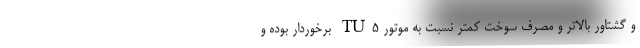
و گشتاور بالاتر و مصرف سوخت کمتر نسبت به موتور TU5 برخوردار بوده و